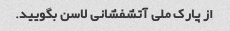
از پارک ملی آتشفشانی لاسن بگویید.